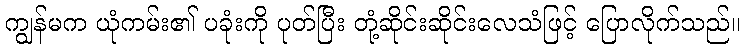
ကျွန်မက ယုံကမ်း၏ ပခုံးကို ပုတ်ပြီး တုံ့ဆိုင်းဆိုင်းလေသံဖြင့် ပြောလိုက်သည်။